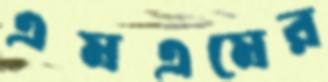
এমএমের